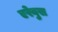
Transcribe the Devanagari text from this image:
एरेबुस